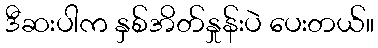
ဒီဆးပါက နှစ်အိတ်နှုန်းပဲ ပေးတယ်။